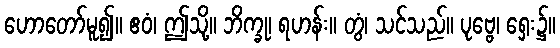
ဟောတော်မူ၍။ ဧဝံ၊ ဤသို့။ ဘိက္ခု၊ ရဟန်း။ တွံ၊ သင်သည်။ ပုဗ္ဗေ၊ ရှေး၌။